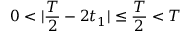
0 < | \frac { T } { 2 } - 2 t _ { 1 } | \leq \frac { T } { 2 } < T